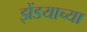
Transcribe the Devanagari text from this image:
झेंडयाच्या